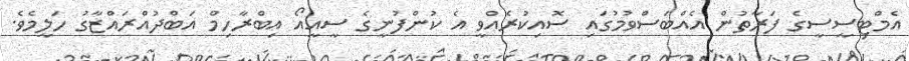
އެމްޓިސީސީގެ ފަރާތުން އެއްބަސްވުމުގައި ސޮއިކުރެއްވީ އެ ކުންފުނީގެ ސީއީއޯ އިބްރާހިމް އަބްދުއްރައްޒާގު ހަލީމެވެ.